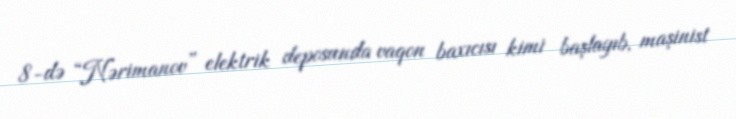
8-də “Nərimanov” elektrik deposunda vaqon baxıcısı kimi başlayıb, maşinist